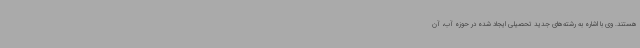
هستند. وی با اشاره به رشته‌های جدید تحصیلی ایجاد شده در حوزه آب، آن